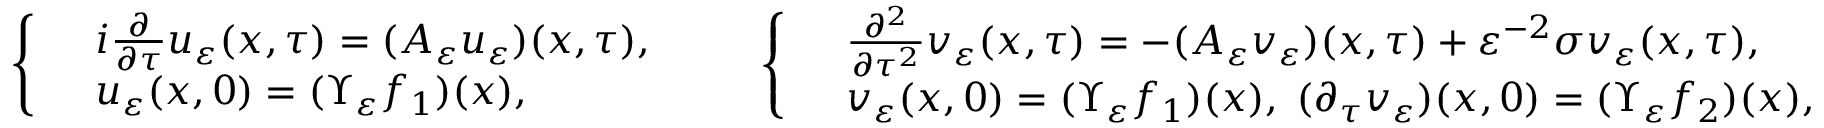
\left\{ \begin{array} { r l } & { i \frac { \partial } { \partial \tau } u _ { \varepsilon } ( x , \tau ) = ( A _ { \varepsilon } u _ { \varepsilon } ) ( x , \tau ) , } \\ & { u _ { \varepsilon } ( x , 0 ) = ( \Upsilon _ { \varepsilon } f _ { 1 } ) ( x ) , } \end{array} \right. \qquad \left\{ \begin{array} { r l } & { \frac { \partial ^ { 2 } } { \partial \tau ^ { 2 } } v _ { \varepsilon } ( x , \tau ) = - ( A _ { \varepsilon } v _ { \varepsilon } ) ( x , \tau ) + \varepsilon ^ { - 2 } \sigma v _ { \varepsilon } ( x , \tau ) , } \\ & { v _ { \varepsilon } ( x , 0 ) = ( \Upsilon _ { \varepsilon } f _ { 1 } ) ( x ) , \; ( \partial _ { \tau } v _ { \varepsilon } ) ( x , 0 ) = ( \Upsilon _ { \varepsilon } f _ { 2 } ) ( x ) , } \end{array} \right.